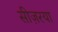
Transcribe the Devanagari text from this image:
सीज़रया